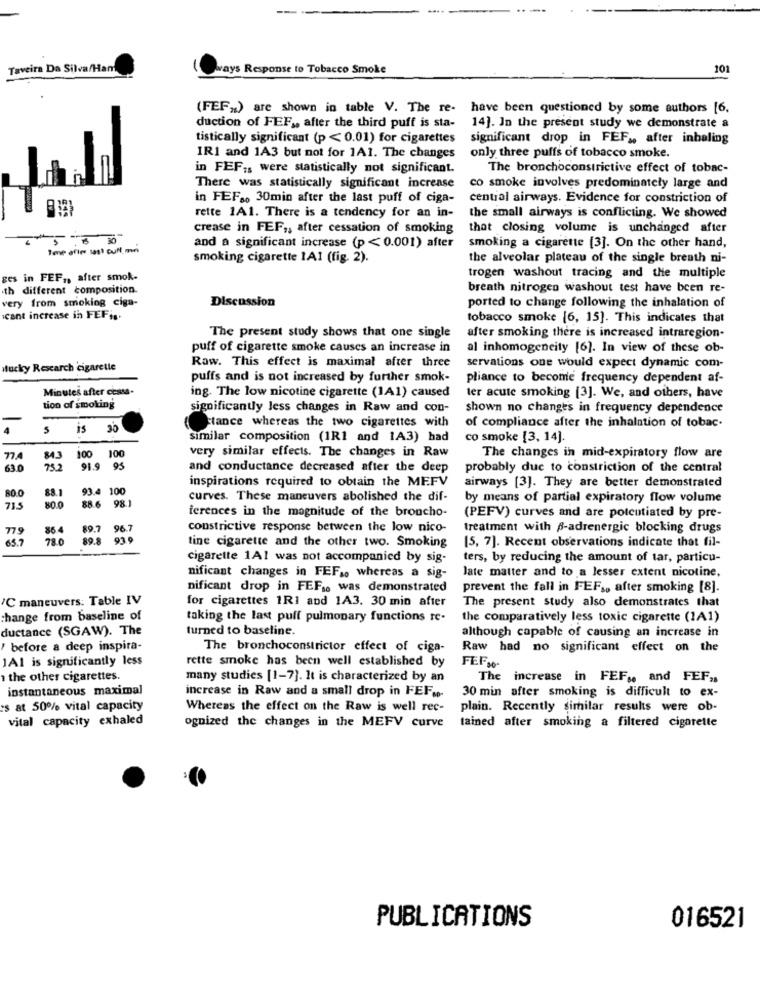
--
....
Taveira Da Silva/Ham
ways Response to Tobacco Smoke
101
(FEF.) are shown in table V. The re-
have been questioned by some authors [6,
duction of FEF ., after the third puff is sta-
14]. In the present study we demonstrate a
tistically significant (p < 0.01) for cigarettes
significant drop in FEF ,, after inhaling
IR1 and 1A3 but not for 1A1. The changes
only three puffs of tobacco smoke.
in FEF;s were statistically not significant.
The bronchoconstrictive effect of tobac-
There was statistically significant increase
co smoke involves predominately large and
in FEFMo 30min after the last puff of ciga-
central airways. Evidence for constriction of
rette 1A1. There is a tendency for an in-
the small airways is conflicting. We showed
crease in FEF ,; after cessation of smoking
that closing volume is unchanged after
smoking a cigarette [3]. On the other hand,
and a significant increase (p < 0.001) after
smoking cigarette 1A1 (fig. 2).
the alveolar plateau of the single breath ni-
ges in FEF ,, after smok-
trogen washout tracing and the multiple
th different composition.
breath nitrogen washout test have been re-
very from smoking ciga-
Discussion
ported to change following the inhalation of
cant increase in FEFis.
tobacco smoke [6, 15]. This indicates that
The present study shows that one single
after smoking there is increased intraregion-
puff of cigarette smoke causes an increase in
al inhomogeneity [6]. In view of these ob-
stucky Rescarch cigarette
Raw. This effect is maximal after three
servations one would expect dynamic com-
puffs and is not increased by further smok-
pliance to become frequency dependent af-
Minutes after ccasa-
ter acute smoking [3]. We, and others, have
ing. The low nicotine cigarette (1A1) caused
tion of smoking
significantly less changes in Raw and con-
shown no changes in frequency dependence
5
is
stance whereas the two cigarettes with
of compliance after the inhalation of tobac.
similar composition (1R1 and 1A3) had
co smoke [3, 14].
100
very similar effects. The changes in Raw
77.4
100
The changes in mid-expiratory flow are
63.0
732
91.9
and conductance decreased after the deep
probably due to constriction of the central
inspirations required to obtain the MEFV
80.0
88.1
93.4
100
airways [3]. They are better demonstrated
curves. These maneuvers abolished the dif-
by means of partial expiratory flow volume
73.5
88.6
98.1
ferences in the magnitude of the broncho-
(PEFV) curves and are potentiated by pre-
775
86
89.7
96.7
constrictive response between the low nico-
treatment with p-adrenergic blocking drugs
65.7
780
89.8
91 9
tine cigarette and the other two. Smoking
[5, 7]. Recent observations indicate that fil-
cigarette 1A1 was not accompanied by sig-
ters, by reducing the amount of tar, particu-
nificant changes in FEF .. whereas a sig-
late matter and to a lesser extent nicotine.
nificant drop in FEF .. was demonstrated
prevent the fall in FEF ., after smoking [8].
/C maneuvers: Table IV
for cigarettes 1R1 and 1A3. 30 min after
The present study also demonstrates that
change from baseline of
taking the last puff pulmonary functions re-
the comparatively less toxic cigarette (1A1)
ductance (SGAW). The
turned to baseline.
although capable of causing an increase in
" before a deep inspira-
The bronchoconstrictor effect of ciga-
Raw had no significant effect on the
1Al is significantly less
rette smoke has been well established by
FEF.0
the other cigarettes.
many studies [1-7). It is characterized by an
The increase in FEF .. and FEF ,,
instantaneous maximal
increase in Raw and a small drop in FEF .-
30 min after smoking is difficult to ex-
s at 50% vital capacity
Whereas the effect on the Raw is well rec-
plain. Recently similar results were ob-
vital capacity exhaled
tained after smoking a filtered cigarette
ognized the changes in the MEFV curve
016521
PUBLICATIONS